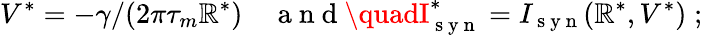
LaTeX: V^{*}=-\gamma/(2\pi\tau_{m}\mathbb{R}^{*})\quad\mathrm{{~a~n~d~}}\quadI_{\mathrm{{~s~y~n~}}}^{*}=I_{\mathrm{{~s~y~n~}}}(\mathbb{R}^{*},V^{*})\; ;